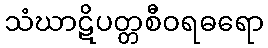
သံဃာဋိပတ္တစီဝရဓရော